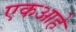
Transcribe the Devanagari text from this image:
एकआहे